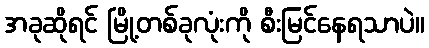
အခုဆိုရင် မြို့တစ်ခုလုံးကို စီးမြင်နေရသာပဲ။